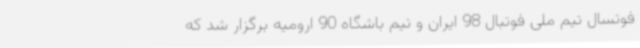
فوتسال تیم ملی فوتبال 98 ایران و تیم باشگاه 90 ارومیه برگزار شد که